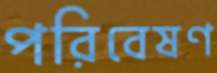
পরিবেষণ